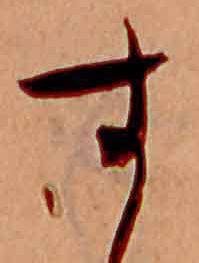
す